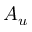
A _ { u }